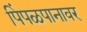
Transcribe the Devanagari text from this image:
पिंपळपानावर